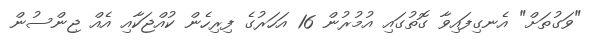
"ވަގުތަށް" އެނގިފައިވާ ގޮތުގައި އުމުރުން 16 އަހަރުގެ ފިރިހެން ކުއްޖަކާއި އެއް ޖިންސުން